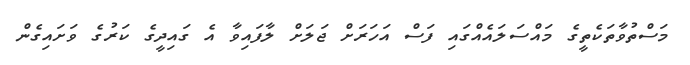
މަސްތުވާތަކެތީގެ މައްސަލައެއްގައި ފަސް އަހަރަށް ޖަލަށް ލާފައިވާ އެ ގައިދީގެ ކަރުގެ ވަށައިގެން